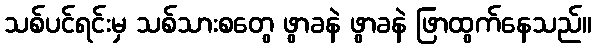
သစ်ပင်ရင်းမှ သစ်သားစတွေ ဖွာခနဲ ဖွာခနဲ ဖြာထွက်နေသည်။